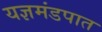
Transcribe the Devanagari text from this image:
यज्ञमंडपात